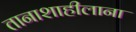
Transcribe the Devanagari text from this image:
तानाशाहीलाना